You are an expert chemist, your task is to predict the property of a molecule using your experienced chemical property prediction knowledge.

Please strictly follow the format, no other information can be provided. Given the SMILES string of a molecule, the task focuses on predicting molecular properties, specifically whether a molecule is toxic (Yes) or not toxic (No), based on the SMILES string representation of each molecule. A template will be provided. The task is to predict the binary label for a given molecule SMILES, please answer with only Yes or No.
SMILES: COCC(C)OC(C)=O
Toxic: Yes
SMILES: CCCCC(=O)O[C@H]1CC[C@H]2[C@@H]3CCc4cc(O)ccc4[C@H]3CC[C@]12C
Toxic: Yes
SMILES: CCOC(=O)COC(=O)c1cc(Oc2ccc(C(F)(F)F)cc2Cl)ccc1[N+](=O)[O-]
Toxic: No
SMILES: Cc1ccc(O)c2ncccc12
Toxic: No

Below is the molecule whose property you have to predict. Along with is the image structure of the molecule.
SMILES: CCCC[N+](=O)[O-]
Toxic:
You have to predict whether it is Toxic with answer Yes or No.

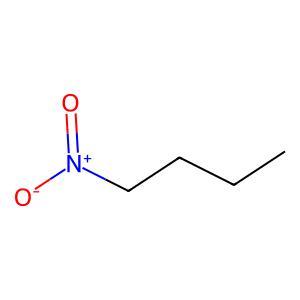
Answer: No